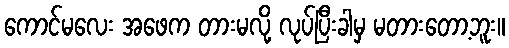
ကောင်မလေး အဖေက တားမလို့ လုပ်ပြီးခါမှ မတားတော့ဘူး။